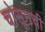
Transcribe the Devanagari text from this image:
चोसूनची